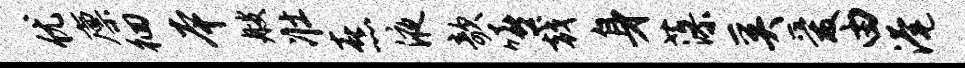
优廪徊本艘壮熹液欹嘻戟身藻奚爱由淹